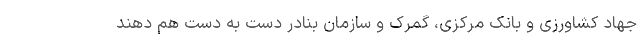
جهاد کشاورزی و بانک مرکزی، گمرک و سازمان بنادر دست به دست هم دهند